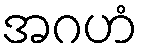
အဂဟံ